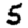
Digit: 5